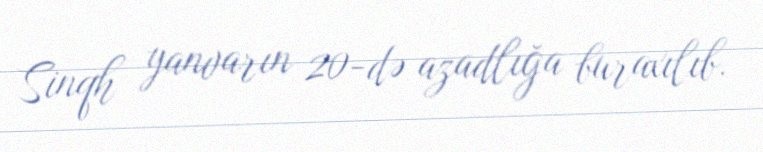
Sinqh yanvarın 20-də azadlığa buraxılıb.